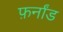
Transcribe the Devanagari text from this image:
फ़र्नांड